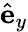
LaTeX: \hat{\mathbf{e}}_{y}